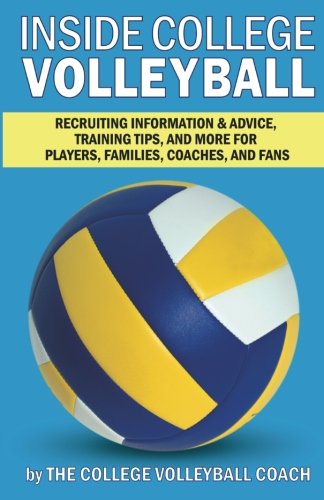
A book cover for Inside College Volleyball: Recruiting information & advice, training tips, and more for players, families, coaches, and fans; The College Volleyball Coach; Sports & Outdoors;